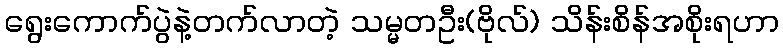
ရွေးကောက်ပွဲနဲ့တက်လာတဲ့ သမ္မတဦး(ဗိုလ်) သိန်းစိန်အစိုးရဟာ